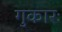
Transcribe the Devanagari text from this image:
गुकारः